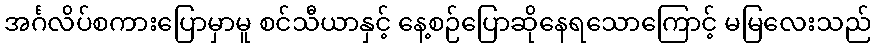
အင်္ဂလိပ်စကားပြောမှာမူ စင်သီယာနှင့် နေ့စဉ်ပြောဆိုနေရသောကြောင့် မမြလေးသည်